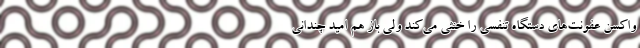
واکسن عفونت‌های دستگاه تنفسی را خنثی می‌کند ولی باز هم امید چندانی